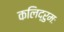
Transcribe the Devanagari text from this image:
कलिद्रुमः